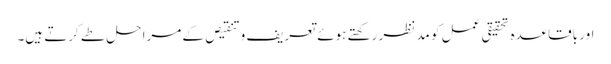
اور باقاعدہ تحقیقی عمل کو مد نظر رکھتے ہوئے تعریف و تنقیص کے مراحل طے کرتے ہیں۔